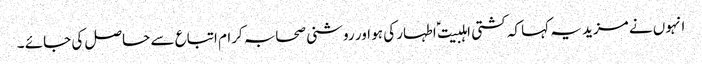
انہوں نے مزید یہ کہا کہ کشتی اہلبیت ؑ اطہار کی ہو اور روشنی صحابہ کرام اتباع سے حاصل کی جائے ۔